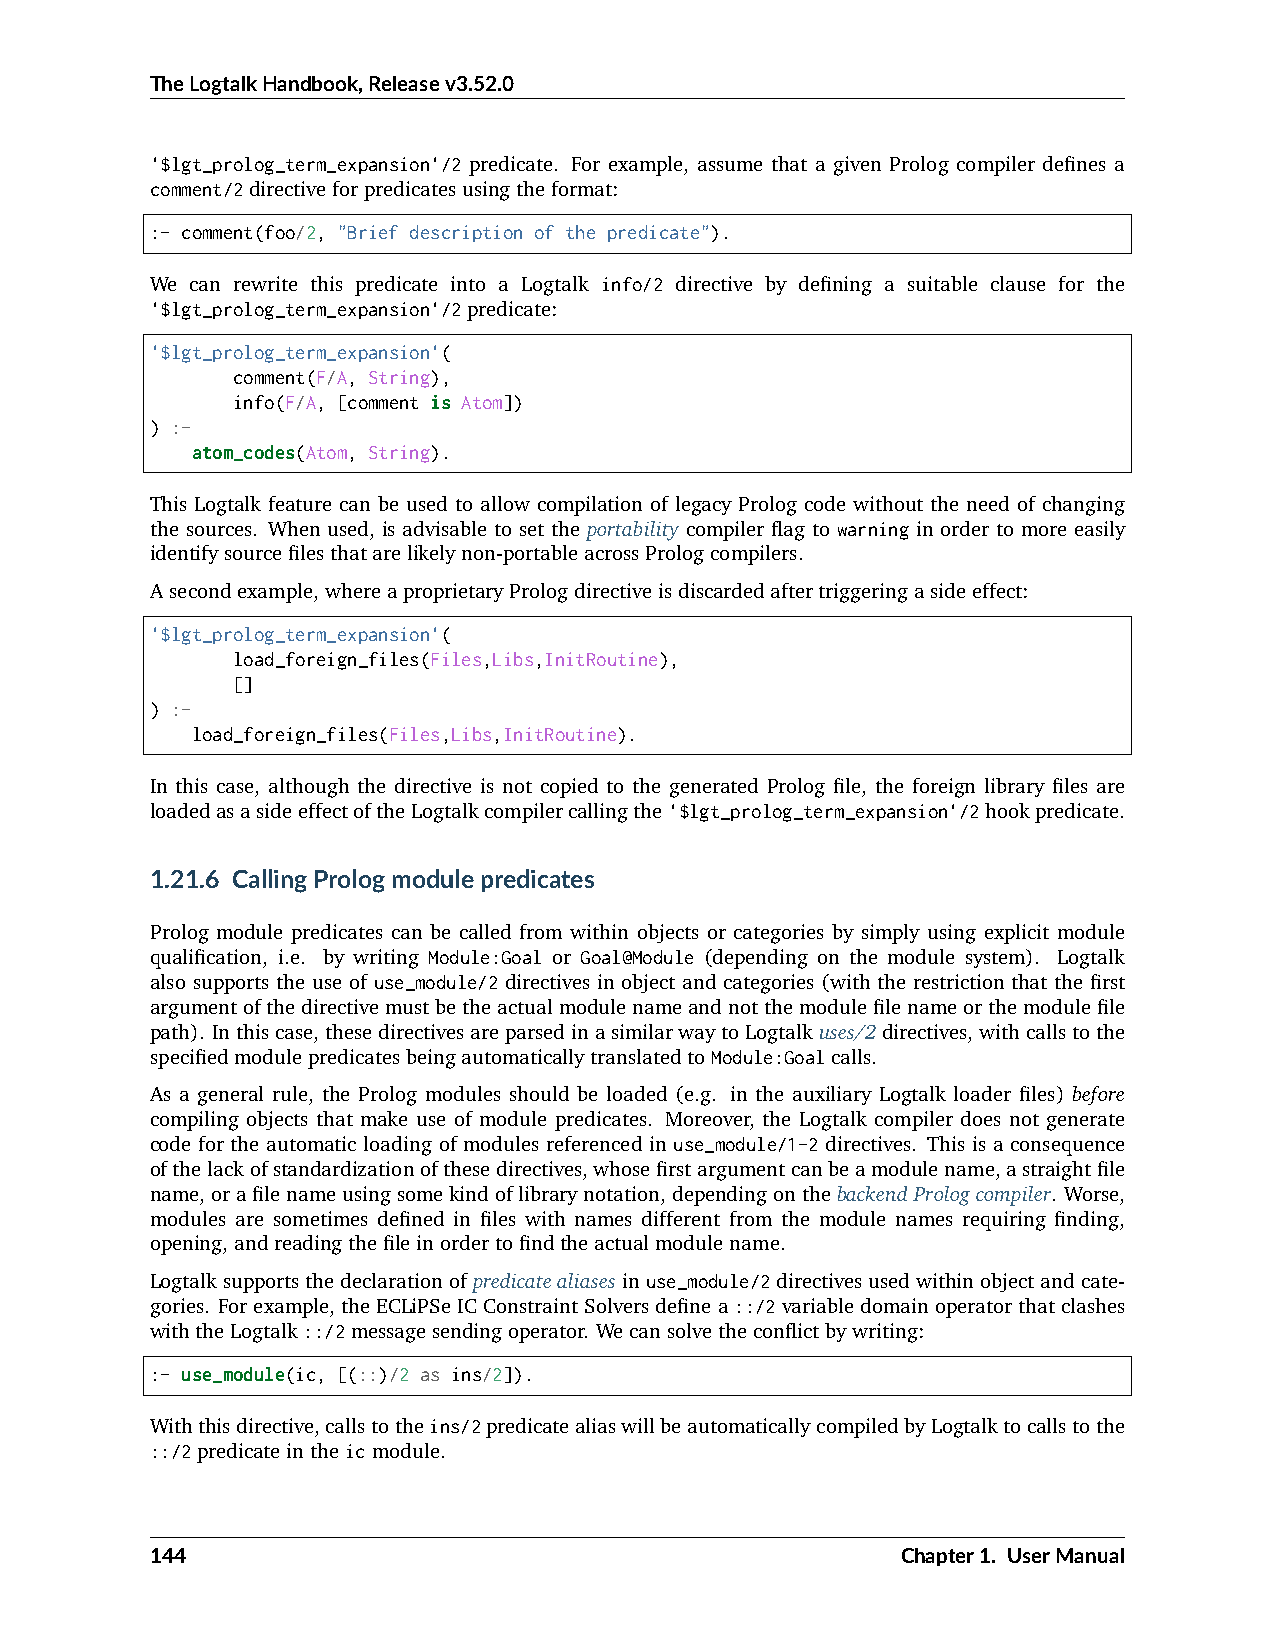
TheLogtalkHandbook,Releasev3.52.0
 '$lgt_prolog_term_expansion'/2 predicate. For example, assume that a given Prolog compiler defines a
 comment/2directiveforpredicatesusingtheformat:
 :- comment(foo/2, "Brief description of the predicate").
 We can rewrite this predicate into a Logtalk info/2 directive by defining a suitable clause for the
 '$lgt_prolog_term_expansion'/2predicate:
 '$lgt_prolog_term_expansion'(
 comment(F/A, String),
 info(F/A, [comment is Atom])
 ) :-
 atom_codes(Atom, String).
 This Logtalk feature can be used to allow compilation of legacy Prolog code without the need of changing
 the sources. When used, is advisable to set the portability compiler flag to warning in order to more easily
 identifysourcefilesthatarelikelynon-portableacrossPrologcompilers.
 Asecondexample,whereaproprietaryPrologdirectiveisdiscardedaftertriggeringasideeffect:
 '$lgt_prolog_term_expansion'(
 load_foreign_files(Files,Libs,InitRoutine),
 []
 ) :-
 load_foreign_files(Files,Libs,InitRoutine).
 In this case, although the directive is not copied to the generated Prolog file, the foreign library files are
 loadedasasideeffectoftheLogtalkcompilercallingthe'$lgt_prolog_term_expansion'/2hookpredicate.
 1.21.6 CallingPrologmodulepredicates
 Prolog module predicates can be called from within objects or categories by simply using explicit module
 qualification, i.e. by writing Module:Goal or Goal@Module (depending on the module system). Logtalk
 also supports the use of use_module/2 directives in object and categories (with the restriction that the first
 argumentofthedirectivemustbetheactualmodulenameandnotthemodulefilenameorthemodulefile
 path). Inthiscase,thesedirectivesareparsedinasimilarwaytoLogtalkuses/2directives,withcallstothe
 specifiedmodulepredicatesbeingautomaticallytranslatedtoModule:Goalcalls.
 As a general rule, the Prolog modules should be loaded (e.g. in the auxiliary Logtalk loader files) before
 compiling objects that make use of module predicates. Moreover, the Logtalk compiler does not generate
 code for the automatic loading of modules referenced in use_module/1-2 directives. This is a consequence
 ofthelackofstandardizationofthesedirectives,whosefirstargumentcanbeamodulename,astraightfile
 name,orafilenameusingsomekindoflibrarynotation,dependingonthebackendPrologcompiler. Worse,
 modules are sometimes defined in files with names different from the module names requiring finding,
 opening,andreadingthefileinordertofindtheactualmodulename.
 Logtalksupportsthedeclarationofpredicatealiasesinuse_module/2directivesusedwithinobjectandcate-
 gories. Forexample,theECLiPSeICConstraintSolversdefinea::/2variabledomainoperatorthatclashes
 withtheLogtalk::/2messagesendingoperator. Wecansolvetheconflictbywriting:
 :- use_module(ic, [(::)/2 as ins/2]).
 Withthisdirective,callstotheins/2predicatealiaswillbeautomaticallycompiledbyLogtalktocallstothe
 ::/2predicateintheicmodule.
 144                                               Chapter1. UserManual